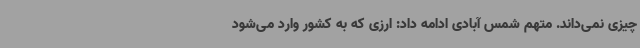
چیزی نمی‌داند. متهم شمس آبادی ادامه داد: ارزی که به کشور وارد می‌شود